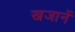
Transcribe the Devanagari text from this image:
खजानें